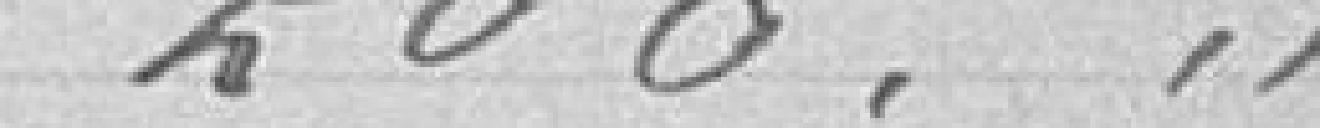
200. ..